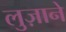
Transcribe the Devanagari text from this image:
लुज़ाने